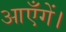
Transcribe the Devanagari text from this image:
आएँगें।